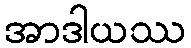
အာဒါယဿ